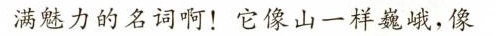
满魅力的名词啊！它像山一样巍峨，像